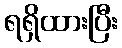
ရရှိထားပြီး